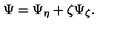
\Psi = \Psi _ { \eta } + \zeta \Psi _ { \zeta } .